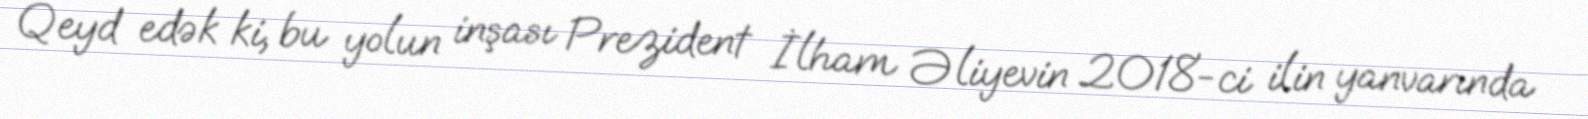
Qeyd edək ki, bu yolun inşası Prezident İlham Əliyevin 2018-ci ilin yanvarında